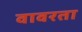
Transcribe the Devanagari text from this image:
वावरता